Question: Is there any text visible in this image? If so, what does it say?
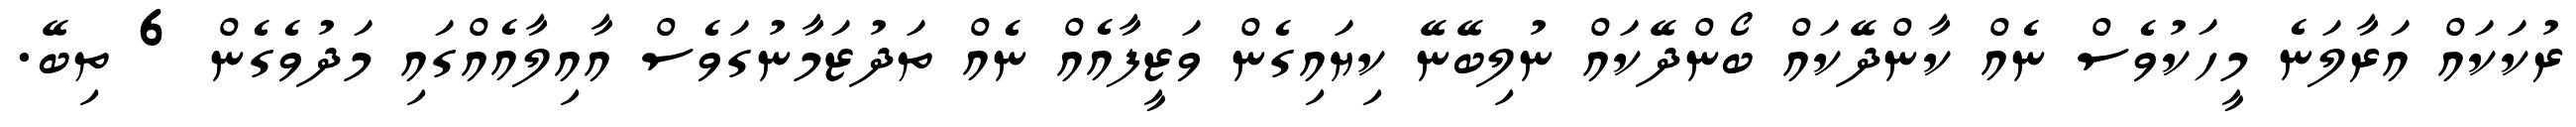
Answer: ރުކަކައް އަރާލަނެ މީހަކުވެސް ނެއް ކާންދޭކައް ބޯންދޭކައް ނުލިބޭނޭ ކިޔައިގެން ވަޒީފާއެއް ނެއް ތަދުޒަމާނުގަވެސް އާއިލާއެއްގައި މަދުވެގެން 6 ތިބޭ.